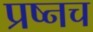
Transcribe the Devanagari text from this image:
प्रष्नच